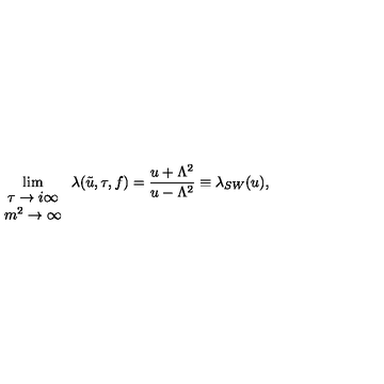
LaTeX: \lim _ { \begin{array} { c } { \tau \rightarrow i \infty } \\ { m ^ { 2 } \rightarrow \infty } \\ \end{array} } \lambda ( \tilde { u } , \tau , f ) = \frac { u + \Lambda ^ { 2 } } { u - \Lambda ^ { 2 } } \equiv \lambda _ { S W } ( u ) ,